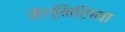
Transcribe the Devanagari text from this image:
मॅग्निलिया